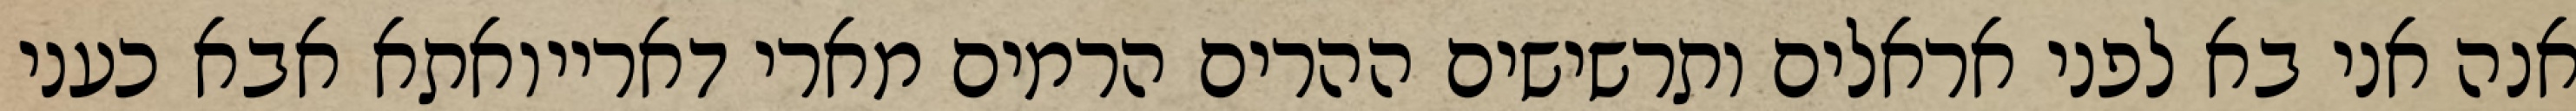
אנה אני בא לפני אראלים ותרשישים ההרים הרמים מארי דארייואתא אבא כעני